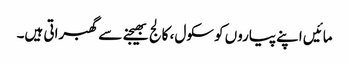
مائیں اپنے پیاروں کو سکول، کالج بھیجنے سے گھبراتی ہیں۔